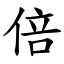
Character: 倍